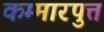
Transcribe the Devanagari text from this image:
कम्मारपुत्त